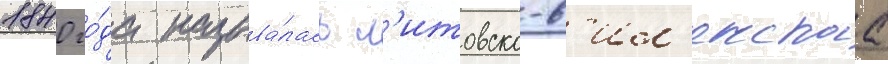
1840 го́да называ́лась л'итовско-в'ил'енскаа